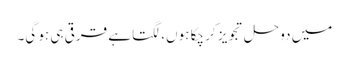
میں دو حل تجویز کر چکا ہوں، لگتا ہے قرقی ہی ہو گی۔